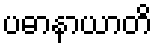
ပဓာနာယာတိ